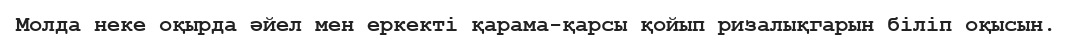
Молда неке оқырда әйел мен еркекті қарама-қарсы қойып ризалықгарын біліп оқысын.